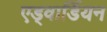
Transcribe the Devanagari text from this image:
एड्वार्डियन